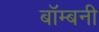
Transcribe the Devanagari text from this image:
बॉम्बनी